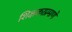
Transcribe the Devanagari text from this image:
शिक्षकाप्रमाणे